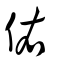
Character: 佑